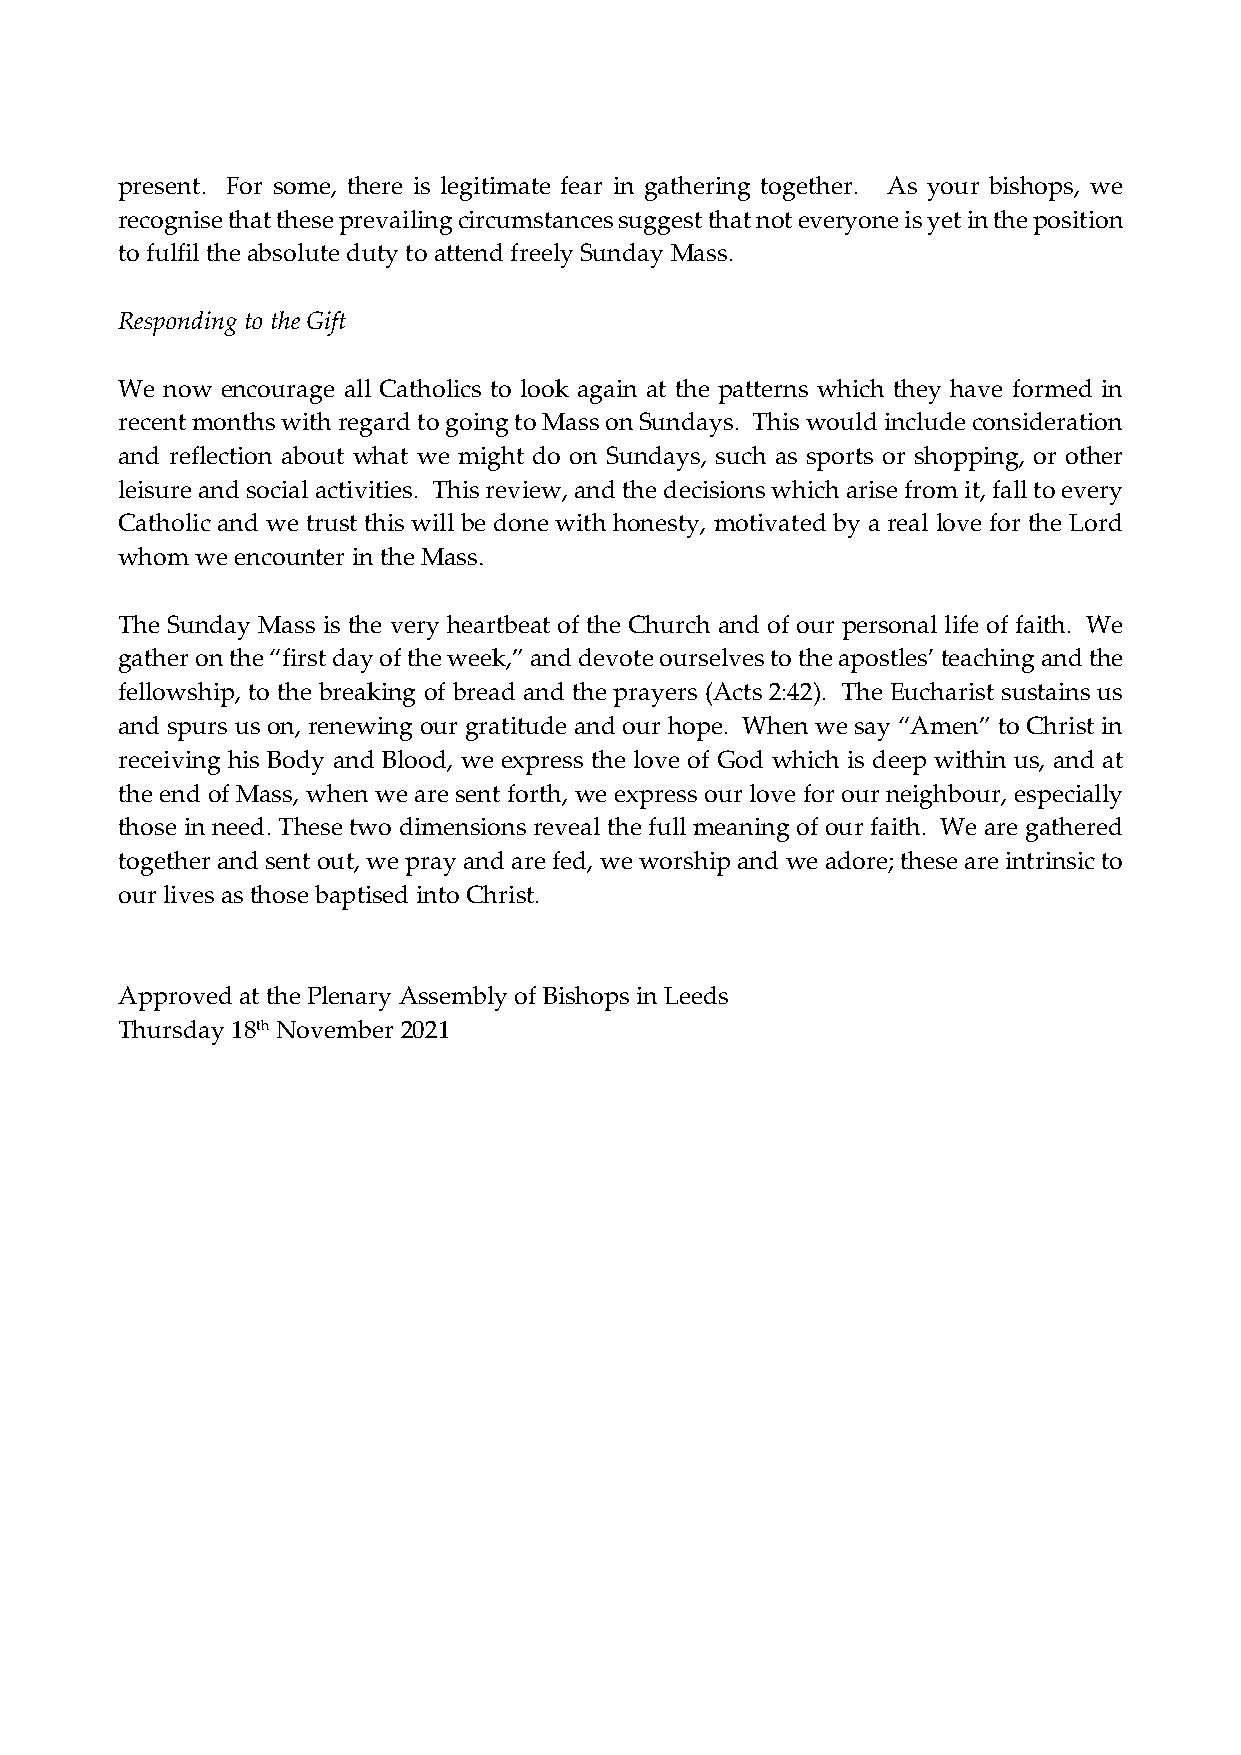
present. For some, there is legitimate fear in gathering together. As your bishops, we
 recognise that these prevailing circumstances suggest that not everyone is yet in the position
 to fulfil the absolute duty to attend freely Sunday Mass.
 Responding to the Gift
 We now encourage all Catholics to look again at the patterns which they have formed in
 recent months with regard to going to Mass on Sundays. This would include consideration
 and reflection about what we might do on Sundays, such as sports or shopping, or other
 leisure and social activities. This review, and the decisions which arise from it, fall to every
 Catholic and we trust this will be done with honesty, motivated by a real love for the Lord
 whom we encounter in the Mass.
 The Sunday Mass is the very heartbeat of the Church and of our personal life of faith. We
 gather on the “first day of the week,” and devote ourselves to the apostles’ teaching and the
 fellowship, to the breaking of bread and the prayers (Acts 2:42). The Eucharist sustains us
 and spurs us on, renewing our gratitude and our hope. When we say “Amen” to Christ in
 receiving his Body and Blood, we express the love of God which is deep within us, and at
 the end of Mass, when we are sent forth, we express our love for our neighbour, especially
 those in need. These two dimensions reveal the full meaning of our faith. We are gathered
 together and sent out, we pray and are fed, we worship and we adore; these are intrinsic to
 our lives as those baptised into Christ.
 Approved at the Plenary Assembly of Bishops in Leeds
 Thursday 18th November 2021